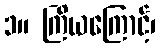
၁။ ကြိယကြောင့်၊